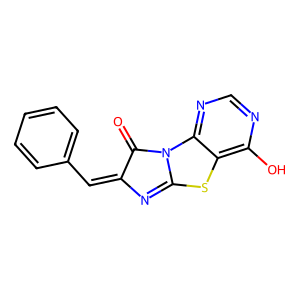
SMILES: O=C1C(=Cc2ccccc2)N=C2Sc3c(O)ncnc3N12
Inhibits HIV replication: No